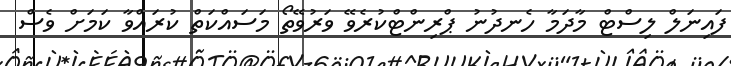
ފައިނަލް ލިސްޓް މާދަމާ ހެނދުނު ޕްރިންޓްކުރެވޭ ވަރުވޭތޯ މަސައްކަތް ކުރައްވާ ކަމަށް ވެސް